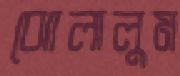
ঝোলালুম